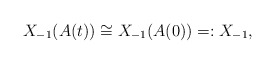
\begin{align*}X_{-1}(A(t))\cong X_{-1}(A(0))=:X_{-1},\end{align*}